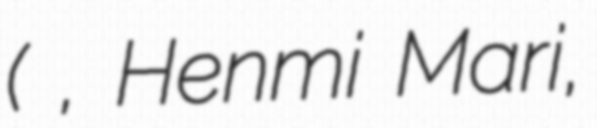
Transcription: (辺見 マリ, Henmi Mari,